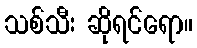
သစ်သီး ဆိုရင်ရော။